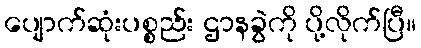
ပျောက်ဆုံးပစ္စည်း ဌာနခွဲကို ပို့လိုက်ပြီ။